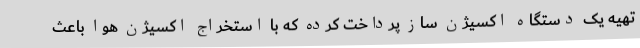
تهیه یک دستگاه اکسیژن ساز پرداخت کرده که با استخراج اکسیژن هوا باعث